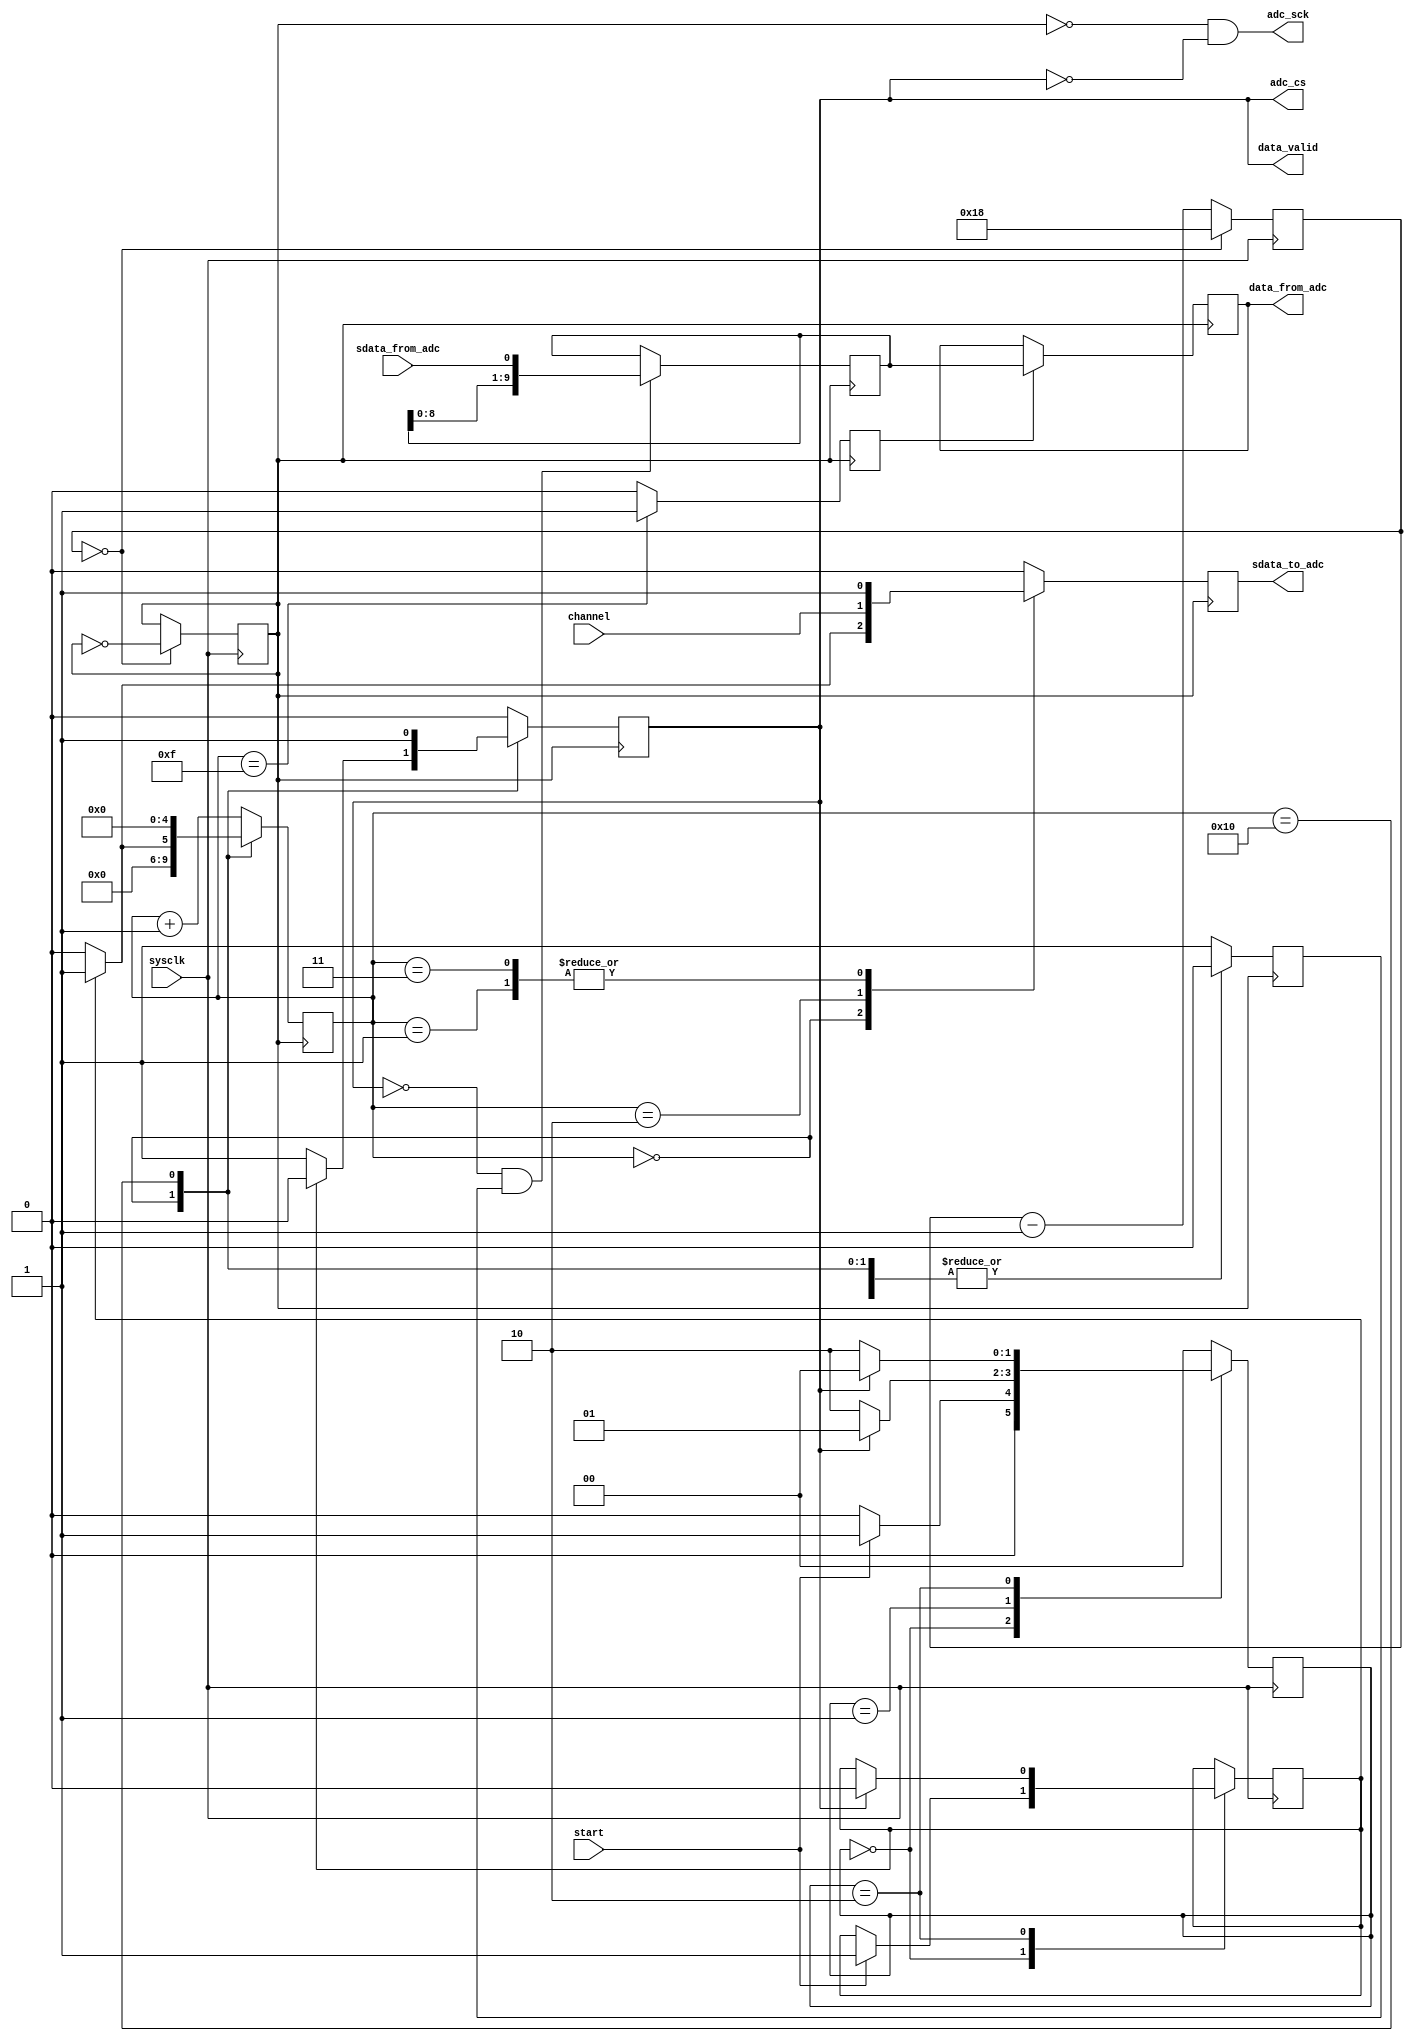
//------------------------------
// Module name: spi2adc
// Function: SPI interface for MCP3002 ADC
// Creator:  Peter Cheung
// Version:  1.1
//------------------------------

module spi2adc (sysclk, start, channel, data_from_adc, data_valid, 
						sdata_to_adc, adc_cs, adc_sck, sdata_from_adc);

	input	sysclk;			// 50MHz system clock of DE0
	input	start;			// Pulse to start ADC, minimum wide = clock period
	input	channel;			// channel 0 or 1 to be converted
	output [9:0] data_from_adc;	// 10-bit ADC result
	output data_valid;	// High indicates that converted data valid
	output sdata_to_adc;	// Serial commands send to adc chip
	output adc_cs;			// chip select - low when converting
	output adc_sck;		// SPI clock - active during conversion
	input sdata_from_adc;	// Converted serial data from ADC, MSB first

//-------------Input Ports-----------------------------
// All the input ports should be wires
	wire	sysclk, start, sdata_from_adc;

//-------------Output Ports-----------------------------
// Output port can be a storage element (reg) or a wire
	reg [9:0]	data_from_adc;
	reg			adc_cs;
	wire			sdata_to_adc, adc_sck, data_valid;
	
//-------------Configuration parameters for ADC --------
	parameter	SGL=1'b1;	// 0:diff i/p, 1:single-ended
	parameter	MSBF=1'b1;	// 0:LSB first, 1:MSB first
			
// --- Submodule: Generate internal clock at 1 MHz -----
	reg			clk_1MHz;	// 1Mhz clock derived from 50MHz
	reg [4:0]	ctr;			// internal counter
	parameter	TIME_CONSTANT = 5'd24;  // change this for diff clk freq
	initial begin
		clk_1MHz = 0;			// don't need to reset - don't care if it is 1 or 0 to start
		ctr = 5'b0;				//  ... to start.  Initialise to make simulation easier
	end
		
	always @ (posedge sysclk)   // 
	  if (ctr==0) begin
		  ctr <= TIME_CONSTANT;
		  clk_1MHz <= ~clk_1MHz; // toggle the output clock for squarewave
		end
	  else
		  ctr <= ctr - 1'b1;
// ---- end internal clock generator ----------

// ---- Detect start is asserted with a small state machine
	// .... FF set on positive edge of start
	// .... reset when adc_cs goes high again
	reg [1:0] 	sr_state;
	parameter	IDLE  = 2'b00,WAIT_CSB_FALL = 2'b01, WAIT_CSB_HIGH = 2'b10;
	reg			adc_start;
	
	initial begin
		sr_state = IDLE;
		adc_start = 1'b0;	// set while sending data to ADC
		end
	
	always @ (posedge sysclk)
		case (sr_state)
			IDLE:	if (start==1'b0) sr_state <= IDLE;
					else	begin
						sr_state <= WAIT_CSB_FALL;
						adc_start <= 1'b1;
						end  				
			WAIT_CSB_FALL: if (adc_cs==1'b1) sr_state <= WAIT_CSB_FALL;
					else sr_state <= WAIT_CSB_HIGH;
					
			WAIT_CSB_HIGH: if (adc_cs==1'b0) sr_state <= WAIT_CSB_HIGH;
					else begin
						sr_state <= IDLE;
						adc_start <= 1'b0;
						end	
			default: sr_state <= IDLE;
		endcase
//------- End circuit to detect start and end of conversion	

	
// spi controller designed as a state machine
// .... with 16 states (idle, and S1-S15 indicated by state value

	reg [4:0] 	state;
	reg  	adc_done, adc_din, shift_ena;
	
	initial	begin	
		state = 5'b0; adc_cs = 1'b1; adc_done = 1'b0; 
		adc_din = 1'b0; shift_ena <= 1'b0;
		end
		
	always @(posedge clk_1MHz)  begin
	
	// default outputs and state transition
		adc_cs <= 1'b0;  adc_done <= 1'b0;  adc_din <= 1'b0; shift_ena <= 1'b0;
		state <= state + 1'b1;
		case (state)
			5'd0:	begin
						if (adc_start==1'b0) begin
							state <= 5'd0;			// still idle
							adc_cs <= 1'b1;		// chip select not active
							end
						else begin
							state <= 5'd1;			// start converting
							adc_din <= 1'b1;		// start bit is 1
							end
					end
			5'd1:	adc_din <= SGL;				// SGL bit
			5'd2:	adc_din <= channel;			// CH bit
			5'd3:	adc_din <= MSBF;				// MSB first bit
			5'd4: shift_ena <= 1'b1;  			// start shifting data from adc
			5'd15: begin
						shift_ena <= 1'b0;
						adc_done <= 1'b1;
					 end
			5'd16: begin  
						adc_cs <= 1'b1;		// last state - disable chip select
						state <= 5'd0;  		// go back to idle state
					 end
			default: 				
						shift_ena <= 1'b1;	// unspecified states are covered by default above
			endcase
		end	// ... always
	
	// shift register for output data
	reg [9:0] shift_reg;
	initial	begin
			shift_reg = 10'b0;
			data_from_adc = 10'b0;
			end
	
	always @(negedge clk_1MHz)
		if((adc_cs==1'b0)&&(shift_ena==1'b1))		// start shifting data_in
				shift_reg <= {shift_reg[8:0],sdata_from_adc};
	
	// Latch converted output data
	always @(posedge clk_1MHz)
		if(adc_done) 					
				data_from_adc = shift_reg;

	// Assign outputs to drive SPI interface to DAC
		assign adc_sck = !clk_1MHz & !adc_cs;
		assign sdata_to_adc = adc_din;
		assign data_valid = adc_cs;
endmodule